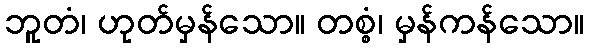
ဘူတံ၊ ဟုတ်မှန်သော။ တစ္စံ၊ မှန်ကန်သော။